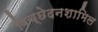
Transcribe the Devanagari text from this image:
विच्छेदनशामिल